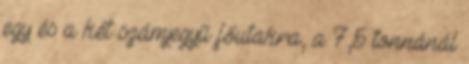
egy és a két számjegyű főutakra, a 7,5 tonnánál